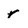
Character: r